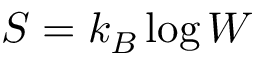
S = k _ { B } \log W